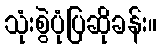
သုံးစွဲပုံပြဆိုခန်း။